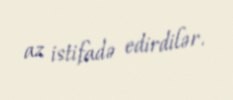
az istifadə edirdilər.